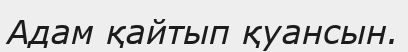
Адам қайтып қуансын.